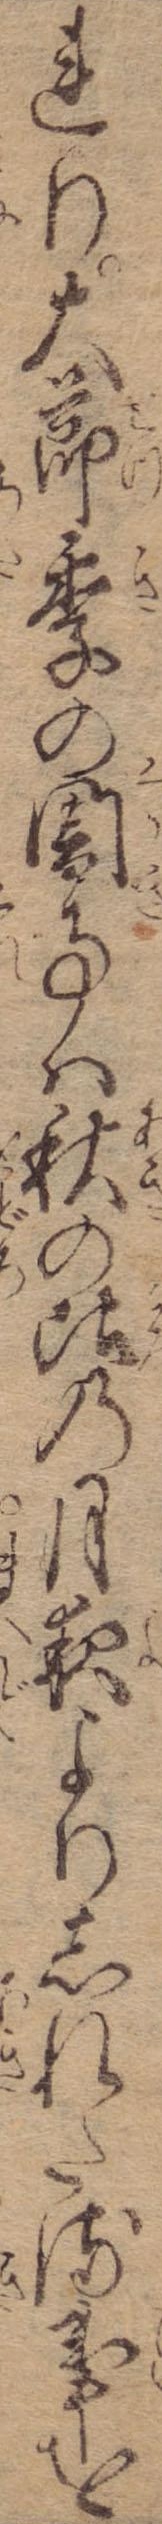
れり大節季の闇事は秋の比の月夜よりしれたる事を